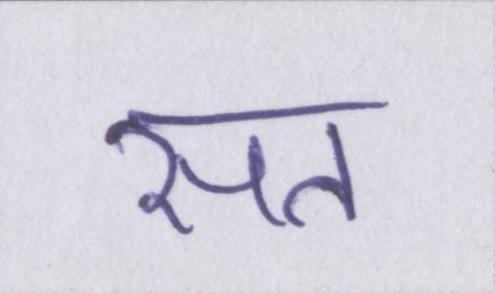
सत